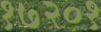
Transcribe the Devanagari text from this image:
१७२०१